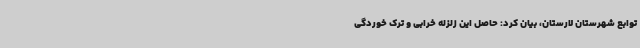
توابع شهرستان لارستان، بیان کرد: حاصل این زلزله خرابی و ترک خوردگی